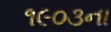
૧૯૦૩ના